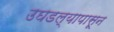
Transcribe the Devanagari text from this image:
उघडल्यापासून